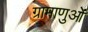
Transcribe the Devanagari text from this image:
ग्रामाणुओं